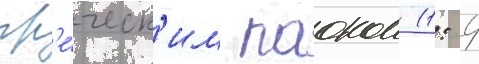
гр'е́ческ'им паоком (1: 4